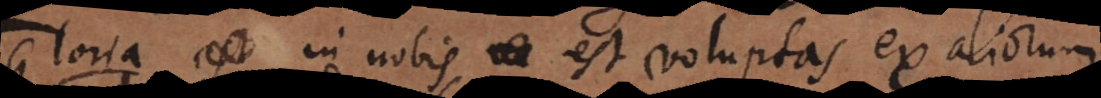
i a in nobis est voluptas ex aliorum